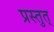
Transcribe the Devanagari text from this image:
प्रस्तुत्